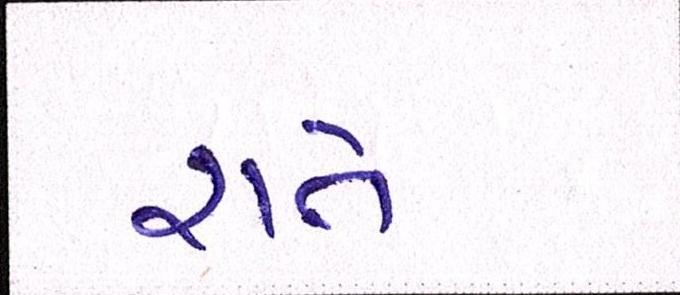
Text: રાતે